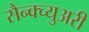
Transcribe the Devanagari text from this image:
सैन्क्च्युअरी